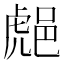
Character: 𨛸